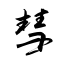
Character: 彗